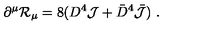
\partial ^ { \mu } { \cal R } _ { \mu } = 8 ( D ^ { 4 } { \cal J } + { \bar { D } } ^ { 4 } { \bar { \cal J } } ) \ .